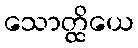
သောတ္ထိယေ